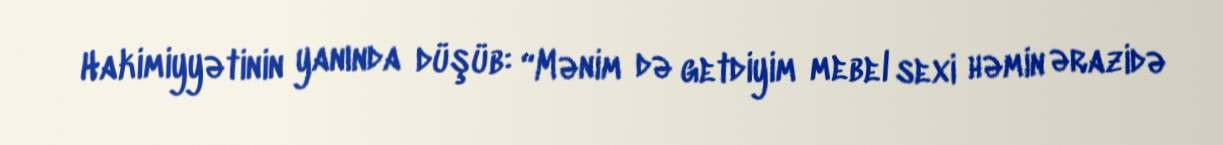
Hakimiyyətinin yanında düşüb: “Mənim də getdiyim mebel sexi həmin ərazidə